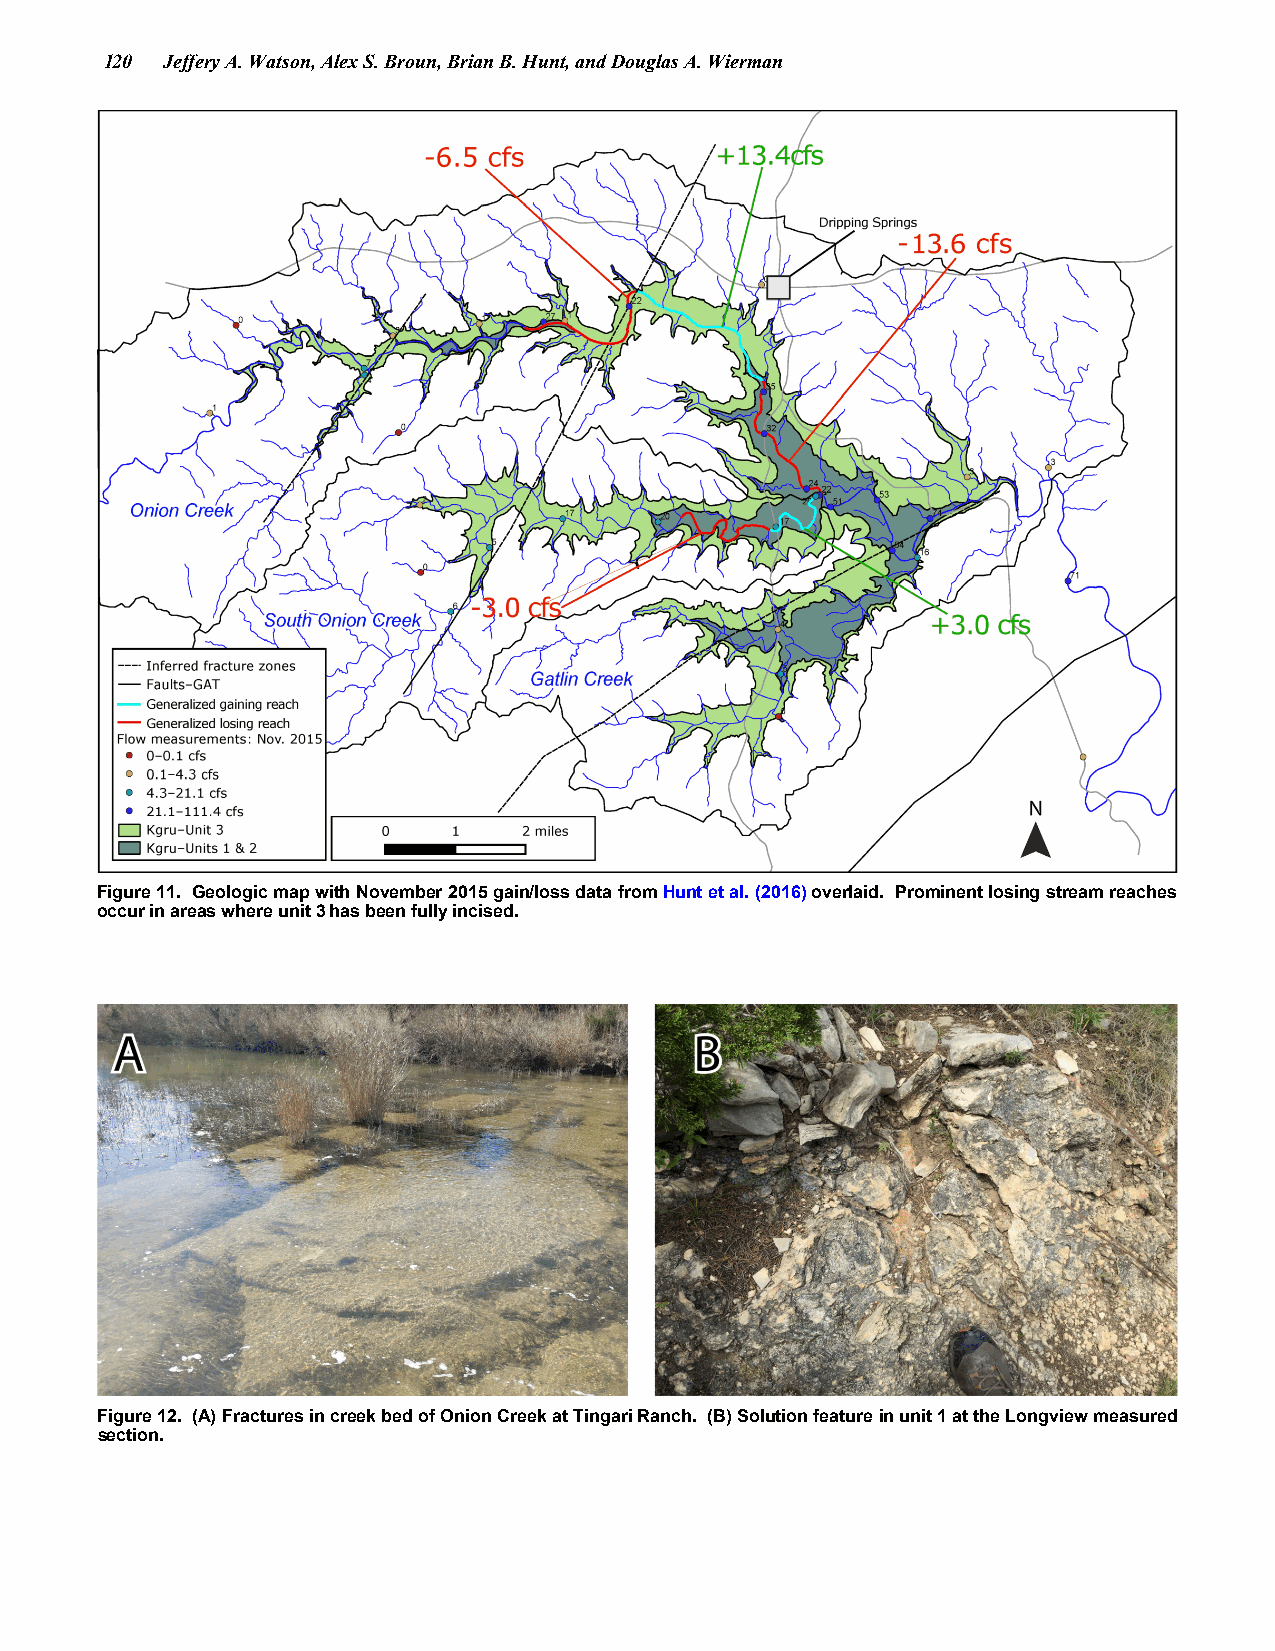
120 Jeffery A. Watson, Alex S. Broun, Brian B. Hunt, and Douglas A. Wierman
 Figure 11. Geologic map with November 2015 gain/loss data from Hunt et al. (2016) overlaid. Prominent losing stream reaches
 occur in areas where unit 3 has been fully incised.
 Figure 12. (A) Fractures in creek bed of Onion Creek at Tingari Ranch. (B) Solution feature in unit 1 at the Longview measured
 section.